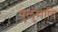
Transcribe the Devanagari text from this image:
पुलुमावि